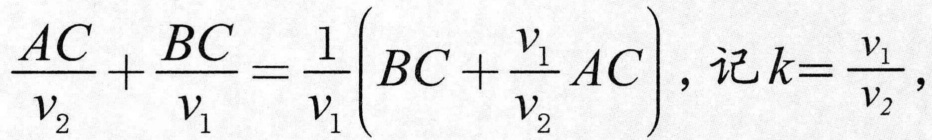
\(\frac{AC}{v_{2}}+\frac{BC}{v_{1}}=\frac{1}{v_{1}}\left(BC + \frac{v_{1}}{v_{2}}AC\right),\text{ 记 }k = \frac{v_{1}}{v_{2}},\)